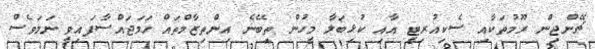
ޗޭންޖިން ރޫމުތަކާއި ސެކިއުރިޓީ އާއި ކުޅިބަލާ މީހުން ތިބޭނެ އިންތިޒާމްތައް ހަމަޖައްސާފައިވީ ނަމަވެސް